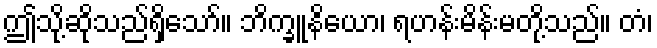
ဤသို့ဆိုသည်ရှိသော်။ ဘိက္ခူနိယော၊ ရဟန်းမိန်းမတို့သည်။ တံ၊